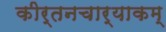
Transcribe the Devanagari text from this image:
कीर्तनचार्याकम्‌